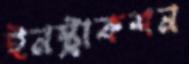
ইনস্ট্রাকশন